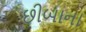
છીબાના